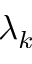
\lambda _ { k }